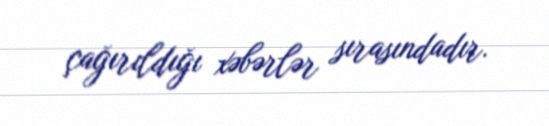
çağırıldığı xəbərlər sırasındadır.